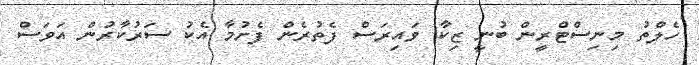
ހެލްތު މިނިސްޓްރީން ބުނީ ޒިކާ ވައިރަސް ފެތުރެން ފެށުމާ އެކު ސަރުކާރުން އަވަސް